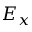
E _ { x }